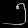
Digit: ၅